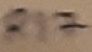
Text: R17